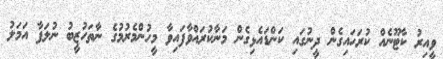
ވީއިރު ކާޓޫނެއް ކުރަހައިގެން ދީނުގައި ކަންޑައެޅިގެން މަނާކުރައްވާފައިވާ މީހުންމެރުމުގެ ނާތަހުޒީބު ނުލަފާ އަމަލު